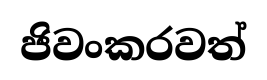
ජිවංකරවත්